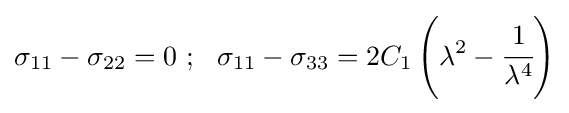
\sigma _{11}-\sigma _{22}=0~;~~\sigma _{11}-\sigma _{33}=2C_{1}\left(\lambda ^{2}-{\cfrac {1}{\lambda ^{4}}}\right)